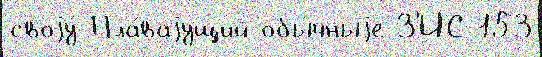
своjу́ Пла́ваjущий обы́чныjе З'ИС-153